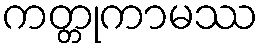
ကတ္တုကာမဿ